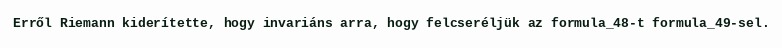
Erről Riemann kiderítette, hogy invariáns arra, hogy felcseréljük az formula_48-t formula_49-sel.